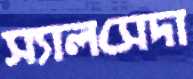
স্যালসেদা